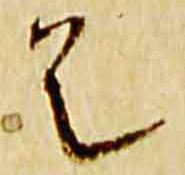
是